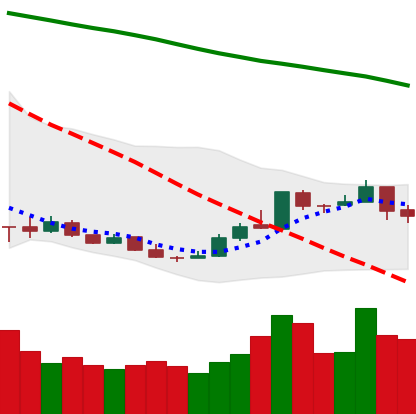
Ticker: XMR-USD
Chart end date: 2018-12-26
Forward return: -6.373%
Label: down_5_7